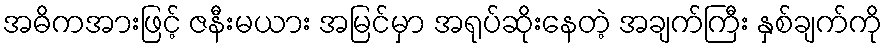
အဓိကအားဖြင့် ဇနီးမယား အမြင်မှာ အရုပ်ဆိုးနေတဲ့ အချက်ကြီး နှစ်ချက်ကို